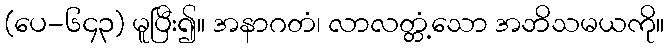
(ပေ-၆၄၃) မူပြီး၍။ အနာဂတံ၊ လာလတ္တံ့သော အဘိသမယကို။